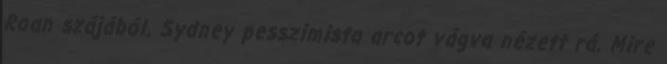
Roan szájából. Sydney pesszimista arcot vágva nézett rá. Mire